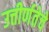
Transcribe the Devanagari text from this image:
उत्तीर्णतेचे